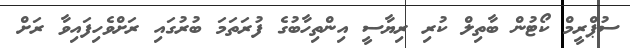
ސުޕްރީމް ކޯޓުން ބާތިލް ކުރި ރިޔާސީ އިންތިހާބުގެ ފުރަތަމަ ބުރުގައި ރަށްވެހިފައިވާ ރަށް